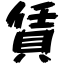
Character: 賃